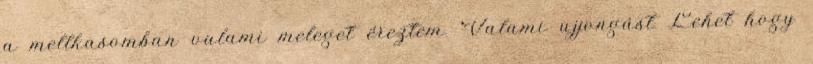
a mellkasomban valami meleget éreztem. Valami ujjongást Lehet hogy